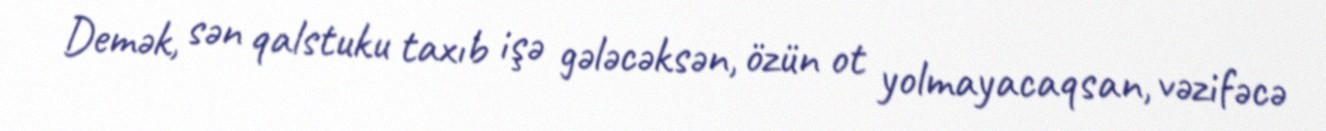
Demək, sən qalstuku taxıb işə gələcəksən, özün ot yolmayacaqsan, vəzifəcə